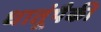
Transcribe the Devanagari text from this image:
धातूंपैकी